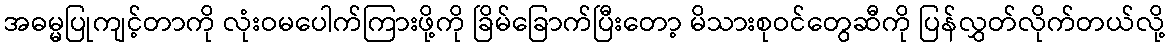
အဓမ္မပြုကျင့်တာကို လုံးဝမပေါက်ကြားဖို့ကို ခြိမ်ခြောက်ပြီးတော့ မိသားစုဝင်တွေဆီကို ပြန်လွှတ်လိုက်တယ်လို့